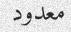
معدود